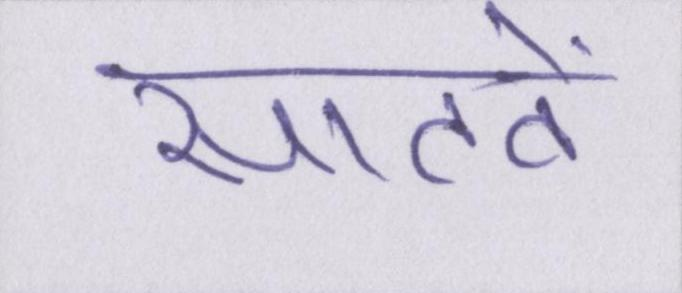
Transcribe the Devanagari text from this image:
सातवें